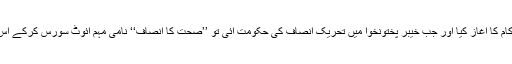
رحیم یار خان سے پی پی ایچ آئی نے کام کا آغاز کیا اور جب خیبر پختونخوا میں تحریک انصاف کی حکومت آئی تو ’’صحت کا انصاف‘‘ نامی مہم آئوٹ سورس کرکے اس کا ٹھیکہ پی پی ایچ آئی کو دیدیا گیا ۔